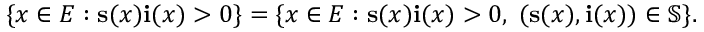
\{ x \in E : \mathbf { s } ( x ) \mathbf { i } ( x ) > 0 \} = \{ x \in E : \mathbf { s } ( x ) \mathbf { i } ( x ) > 0 , \; ( \mathbf { s } ( x ) , \mathbf { i } ( x ) ) \in \mathbb { S } \} .